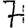
Digit: 7